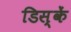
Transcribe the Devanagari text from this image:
डिस्कें